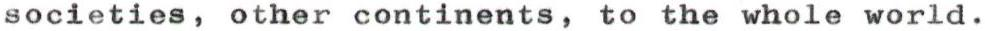
societies, other continents, to the whole world.